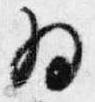
為